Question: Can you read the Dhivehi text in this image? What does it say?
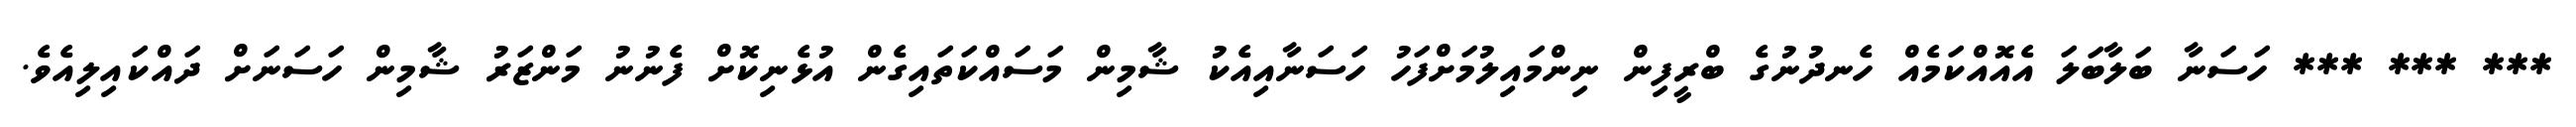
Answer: *** *** *** ހަސަނާ ބަލާބަލަ އެއޮއްކަމެއް ހެނދުނުގެ ބްރީފިން ނިންމައިލުމަށްފަހު ހަސަނާއިއެކު ޝާމިން މަސައްކަތައިގެން އުޅެނިކޮށް ފެނުނު މަންޒަރު ޝާމިން ހަސަނަށް ދައްކައިލިއެވެ.